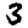
Digit: 3